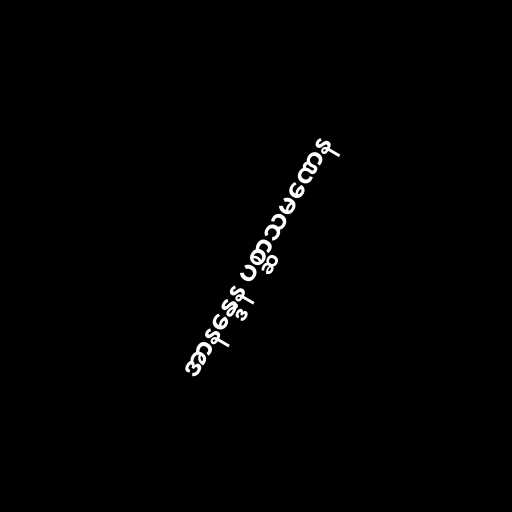
အာနန္ဒေန ပစ္ဆာသမဏေန